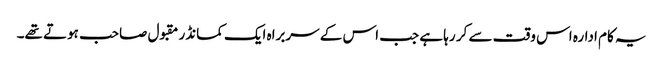
یہ کام ادارہ اس وقت سے کر رہا ہے جب اس کے سربراہ ایک کمانڈر مقبول صاحب ہوتے تھے۔